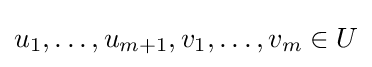
u_{1},\dots ,u_{m+1},v_{1},\dots ,v_{m}\in U